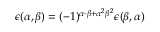
\epsilon ( \alpha , \beta ) = ( - 1 ) ^ { \alpha \cdot \beta + { \alpha } ^ { 2 } { \beta } ^ { 2 } } \epsilon ( \beta , \alpha )